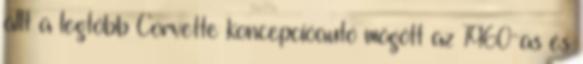
állt a legtöbb Corvette koncepcióautó mögött az 1960-as és